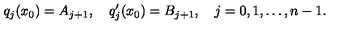
q _ { j } ( x _ { 0 } ) = A _ { j + 1 } , \quad q _ { j } ^ { \prime } ( x _ { 0 } ) = B _ { j + 1 } , \quad j = 0 , 1 , \ldots , n - 1 .